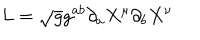
L = \sqrt { g } g ^ { a b } \partial _ { a } X ^ { \mu } \partial _ { b } X ^ { \nu }